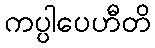
ကပ္ပါပေဟီတိ